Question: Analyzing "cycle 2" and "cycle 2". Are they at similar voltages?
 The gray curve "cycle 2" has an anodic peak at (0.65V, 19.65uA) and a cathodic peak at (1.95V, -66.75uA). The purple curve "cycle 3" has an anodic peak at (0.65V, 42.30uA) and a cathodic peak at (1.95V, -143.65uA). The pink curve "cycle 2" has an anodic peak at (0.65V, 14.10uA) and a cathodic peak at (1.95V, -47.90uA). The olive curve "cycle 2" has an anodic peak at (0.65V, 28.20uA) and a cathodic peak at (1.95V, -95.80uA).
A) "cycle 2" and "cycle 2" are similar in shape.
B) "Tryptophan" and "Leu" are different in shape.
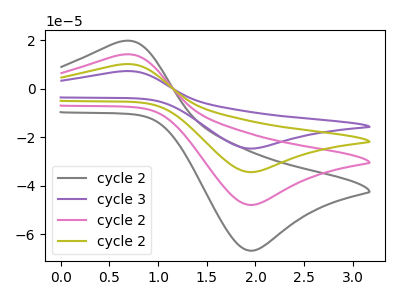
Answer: <think>All the peaks in "cycle 2" have a peak in "cycle 2" at the same potential. Every peak in "cycle 2" is higher than every peak in "cycle 2".
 </think>
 <answer>A) "cycle 2" and "cycle 2" are similar in shape.</answer>
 <eval>A</eval>